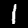
Digit: 1